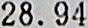
28.94